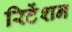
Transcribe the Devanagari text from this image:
रिटेंशन